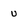
Character: U